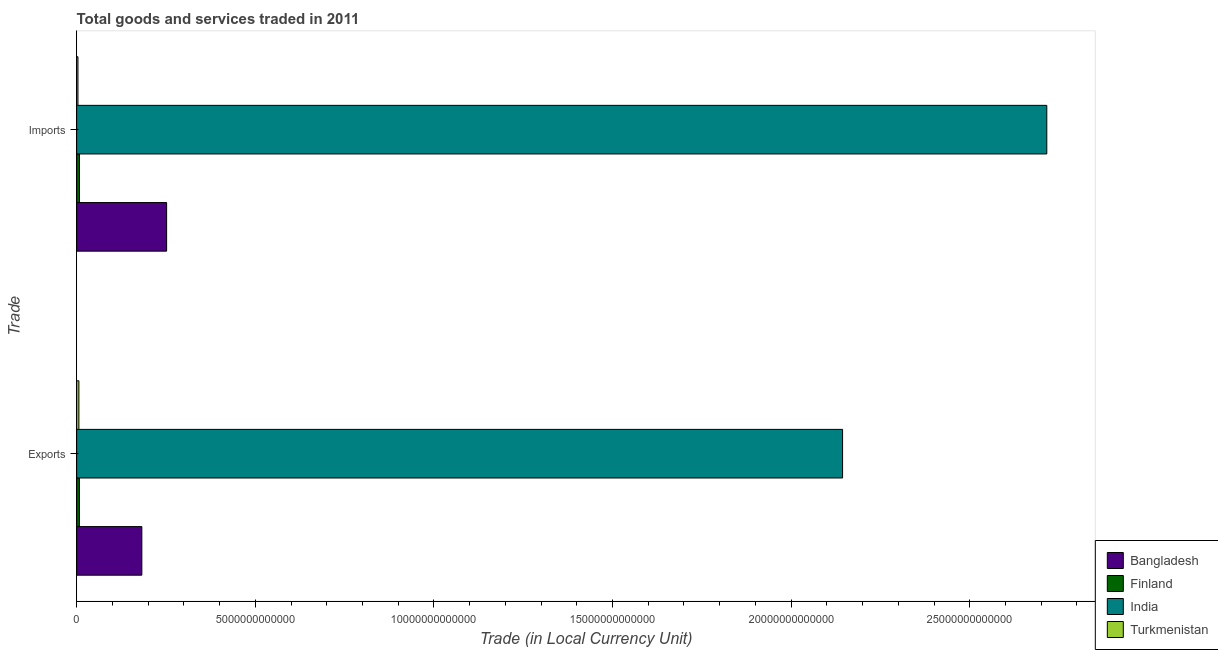
| Trade | Bangladesh | Finland | India | Turkmenistan |
 | --- | --- | --- | --- | --- |
 | Exports | 1.82e+12 | 7.71e+10 | 2.14e+13 | 6.22e+10 |
 | Imports | 2.52e+12 | 7.88e+10 | 2.72e+13 | 3.63e+10 |